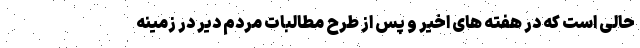
حالی است که در هفته های اخیر و پس از طرح مطالبات مردم دیّر در زمینه